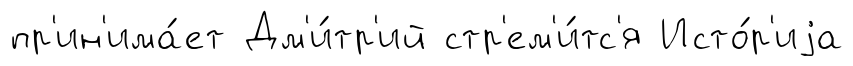
пр'ин'има́ет Дм'и́тр'ий стр'ем'и́тс'я Исто́р'иjа